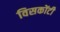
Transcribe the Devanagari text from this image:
विसकोंटी